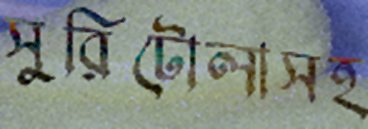
সুরিটোলাসহ